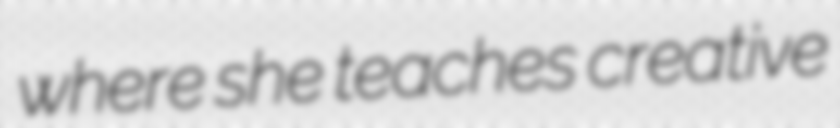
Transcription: where she teaches creative